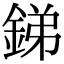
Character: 銻